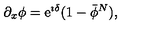
\partial _ { x } \phi = { \mathrm e } ^ { \imath \delta } ( 1 - \bar { \phi } ^ { N } ) ,